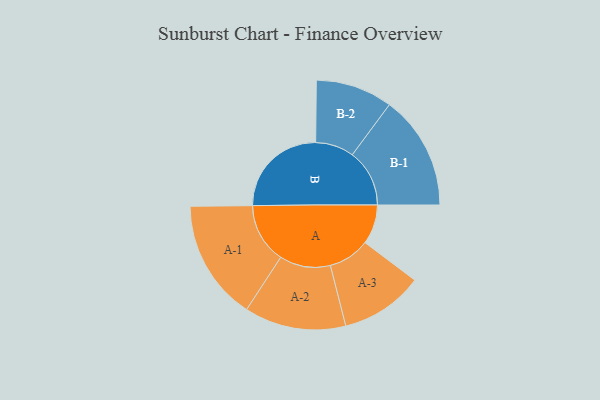
{"axis": {"x": "Segment", "y": "Value"}, "legend": ["", "A", "B"], "data": [{"x": "A", "y": 186, "type": ""}, {"x": "B", "y": 459, "type": ""}, {"x": "A-1", "y": 283, "type": "A"}, {"x": "A-2", "y": 239, "type": "A"}, {"x": "A-3", "y": 195, "type": "A"}, {"x": "B-1", "y": 269, "type": "B"}, {"x": "B-2", "y": 181, "type": "B"}]}